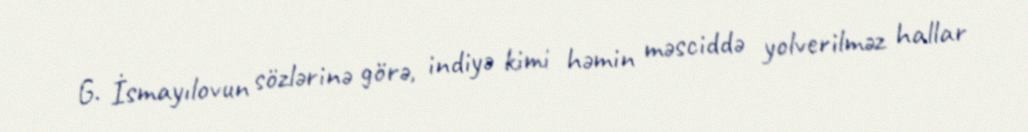
G. İsmayılovun sözlərinə görə, indiyə kimi həmin məsciddə yolverilməz hallar